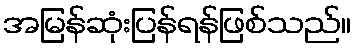
အမြန်ဆုံးပြန်ရန်ဖြစ်သည်။